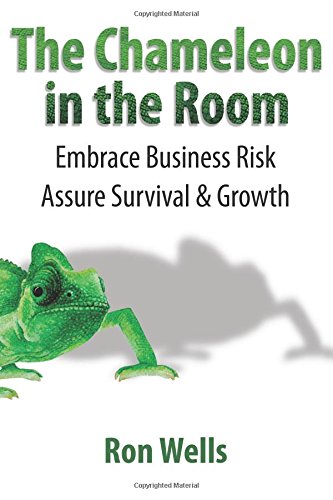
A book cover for The Chameleon in the Room: Embrace Business Risk Assure Survival & Growth; Ron Wells CGMA; Business & Money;